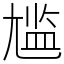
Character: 尴